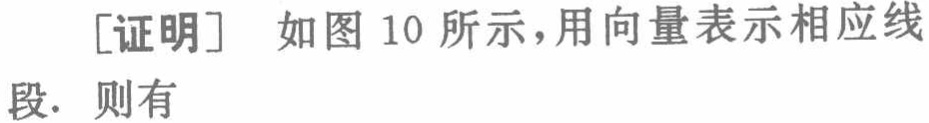
[证明] 如图 10 所示，用向量表示相应线段. 则有